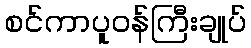
စင်ကာပူဝန်ကြီးချုပ်